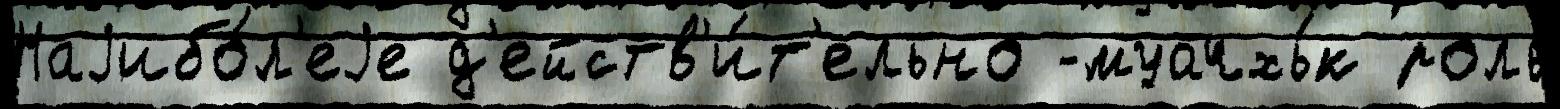
Наjибо́л'еjе д'ейств'и́т'ельно -муачхь́к роль